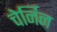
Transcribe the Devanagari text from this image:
चेर्निन